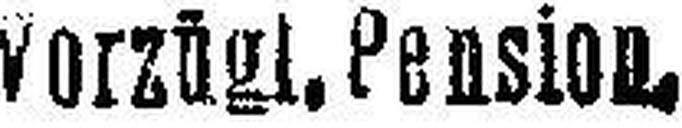
vorzügl. Pension.